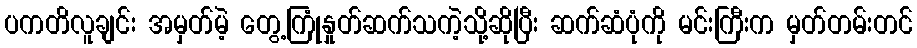
ပကတိလူချင်း အမှတ်မဲ့ တွေ့ကြုံနှုတ်ဆက်သကဲ့သို့ဆိုပြီး ဆက်ဆံပုံကို မင်းကြီးက မှတ်တမ်းတင်